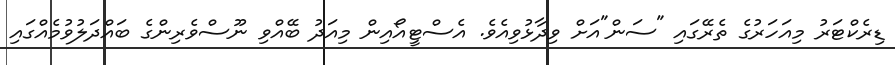
ޑިރެކްޓަރު މިއަހަރުގެ ތެރޭގައި "ސަން"އަށް ވިދާޅުވިއެވެ. އެސްޓީއޯއިން މިއަދު ބޭއްވި ނޫސްވެރިންގެ ބައްދަލުވުމެއްގައި